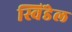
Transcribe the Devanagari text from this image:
स्विंडेल